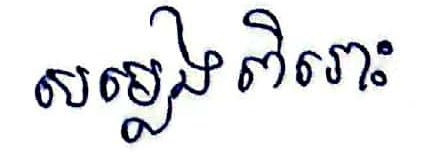
សម្លេងពិរោះ